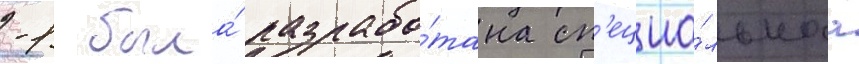
-1 была́ разрабо́тана сп'ециа́льнаа